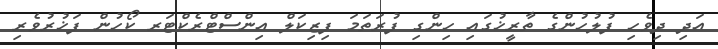
އަދި ދިވެހި ފުލުހުންގެ ތާރީޚުގައި ހިންގި ފުރަތަމަ ފިޒިކަލް އިންސްޓްރެކްޓަރ ކޯހުން ފަޚުރުވެރި